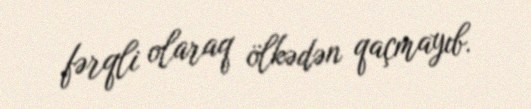
fərqli olaraq ölkədən qaçmayıb.